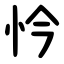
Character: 忴